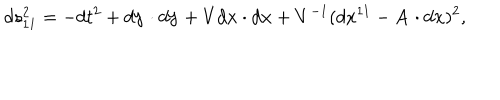
d s _ { 1 1 } ^ { 2 } = - d t ^ { 2 } + d { \bf y } \cdot d { \bf y } + V d { \bf x } \cdot d { \bf x } + V ^ { - 1 } ( d x ^ { 1 1 } - { \bf A } \cdot d { \bf x } ) ^ { 2 } ,